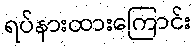
ရပ်နားထားကြောင်း